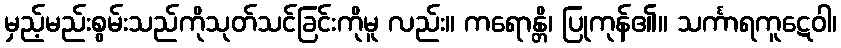
မှည့်မည်းစွမ်းသည်ကိုသုတ်သင်ခြင်းကိုမူ လည်း။ ကရောန္တိ၊ ပြုကုန်၏။ သင်္ကာရကူဋေဝါ၊